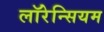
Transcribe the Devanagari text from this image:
लॉरेन्सियम